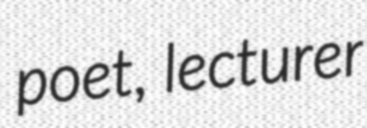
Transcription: poet, lecturer